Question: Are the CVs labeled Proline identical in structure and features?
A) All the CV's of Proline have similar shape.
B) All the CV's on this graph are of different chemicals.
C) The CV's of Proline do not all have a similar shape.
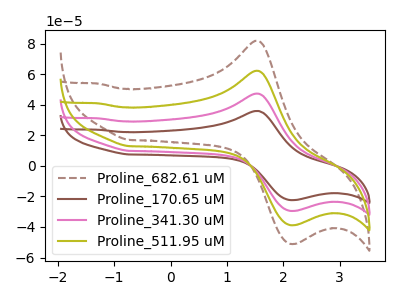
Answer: <think>The brown dashed curve "Proline_682.61 uM" has an anodic peak at (1.50V, 141.75uA) and a cathodic peak at (2.10V, -88.50uA). The brown curve "Proline_170.65 uM" has an anodic peak at (1.50V, 35.90uA) and a cathodic peak at (2.10V, -22.40uA). The pink curve "Proline_341.30 uM" has an anodic peak at (1.50V, 47.25uA) and a cathodic peak at (2.10V, -29.50uA). The olive curve "Proline_511.95 uM" has an anodic peak at (1.50V, 94.50uA) and a cathodic peak at (2.10V, -59.00uA).
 All the peaks in "Proline_682.61 uM" have a peak in "Proline_170.65 uM" at the same potential. Every peak in "Proline_682.61 uM" is higher than every peak in "Proline_170.65 uM". All the peaks in "Proline_682.61 uM" have a peak in "Proline_341.30 uM" at the same potential. Every peak in "Proline_682.61 uM" is higher than every peak in "Proline_341.30 uM". All the peaks in "Proline_682.61 uM" have a peak in "Proline_511.95 uM" at the same potential. Every peak in "Proline_682.61 uM" is higher than every peak in "Proline_511.95 uM". All the peaks in "Proline_170.65 uM" have a peak in "Proline_341.30 uM" at the same potential. Every peak in "Proline_170.65 uM" is lower than every peak in "Proline_341.30 uM". All the peaks in "Proline_170.65 uM" have a peak in "Proline_511.95 uM" at the same potential. Every peak in "Proline_170.65 uM" is lower than every peak in "Proline_511.95 uM". All the peaks in "Proline_341.30 uM" have a peak in "Proline_511.95 uM" at the same potential. Every peak in "Proline_341.30 uM" is lower than every peak in "Proline_511.95 uM".</think>
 <answer>A) All the CV's of "Proline" have similar shape.</answer>
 <eval>A</eval>